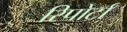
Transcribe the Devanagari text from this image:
रिपोर्टां